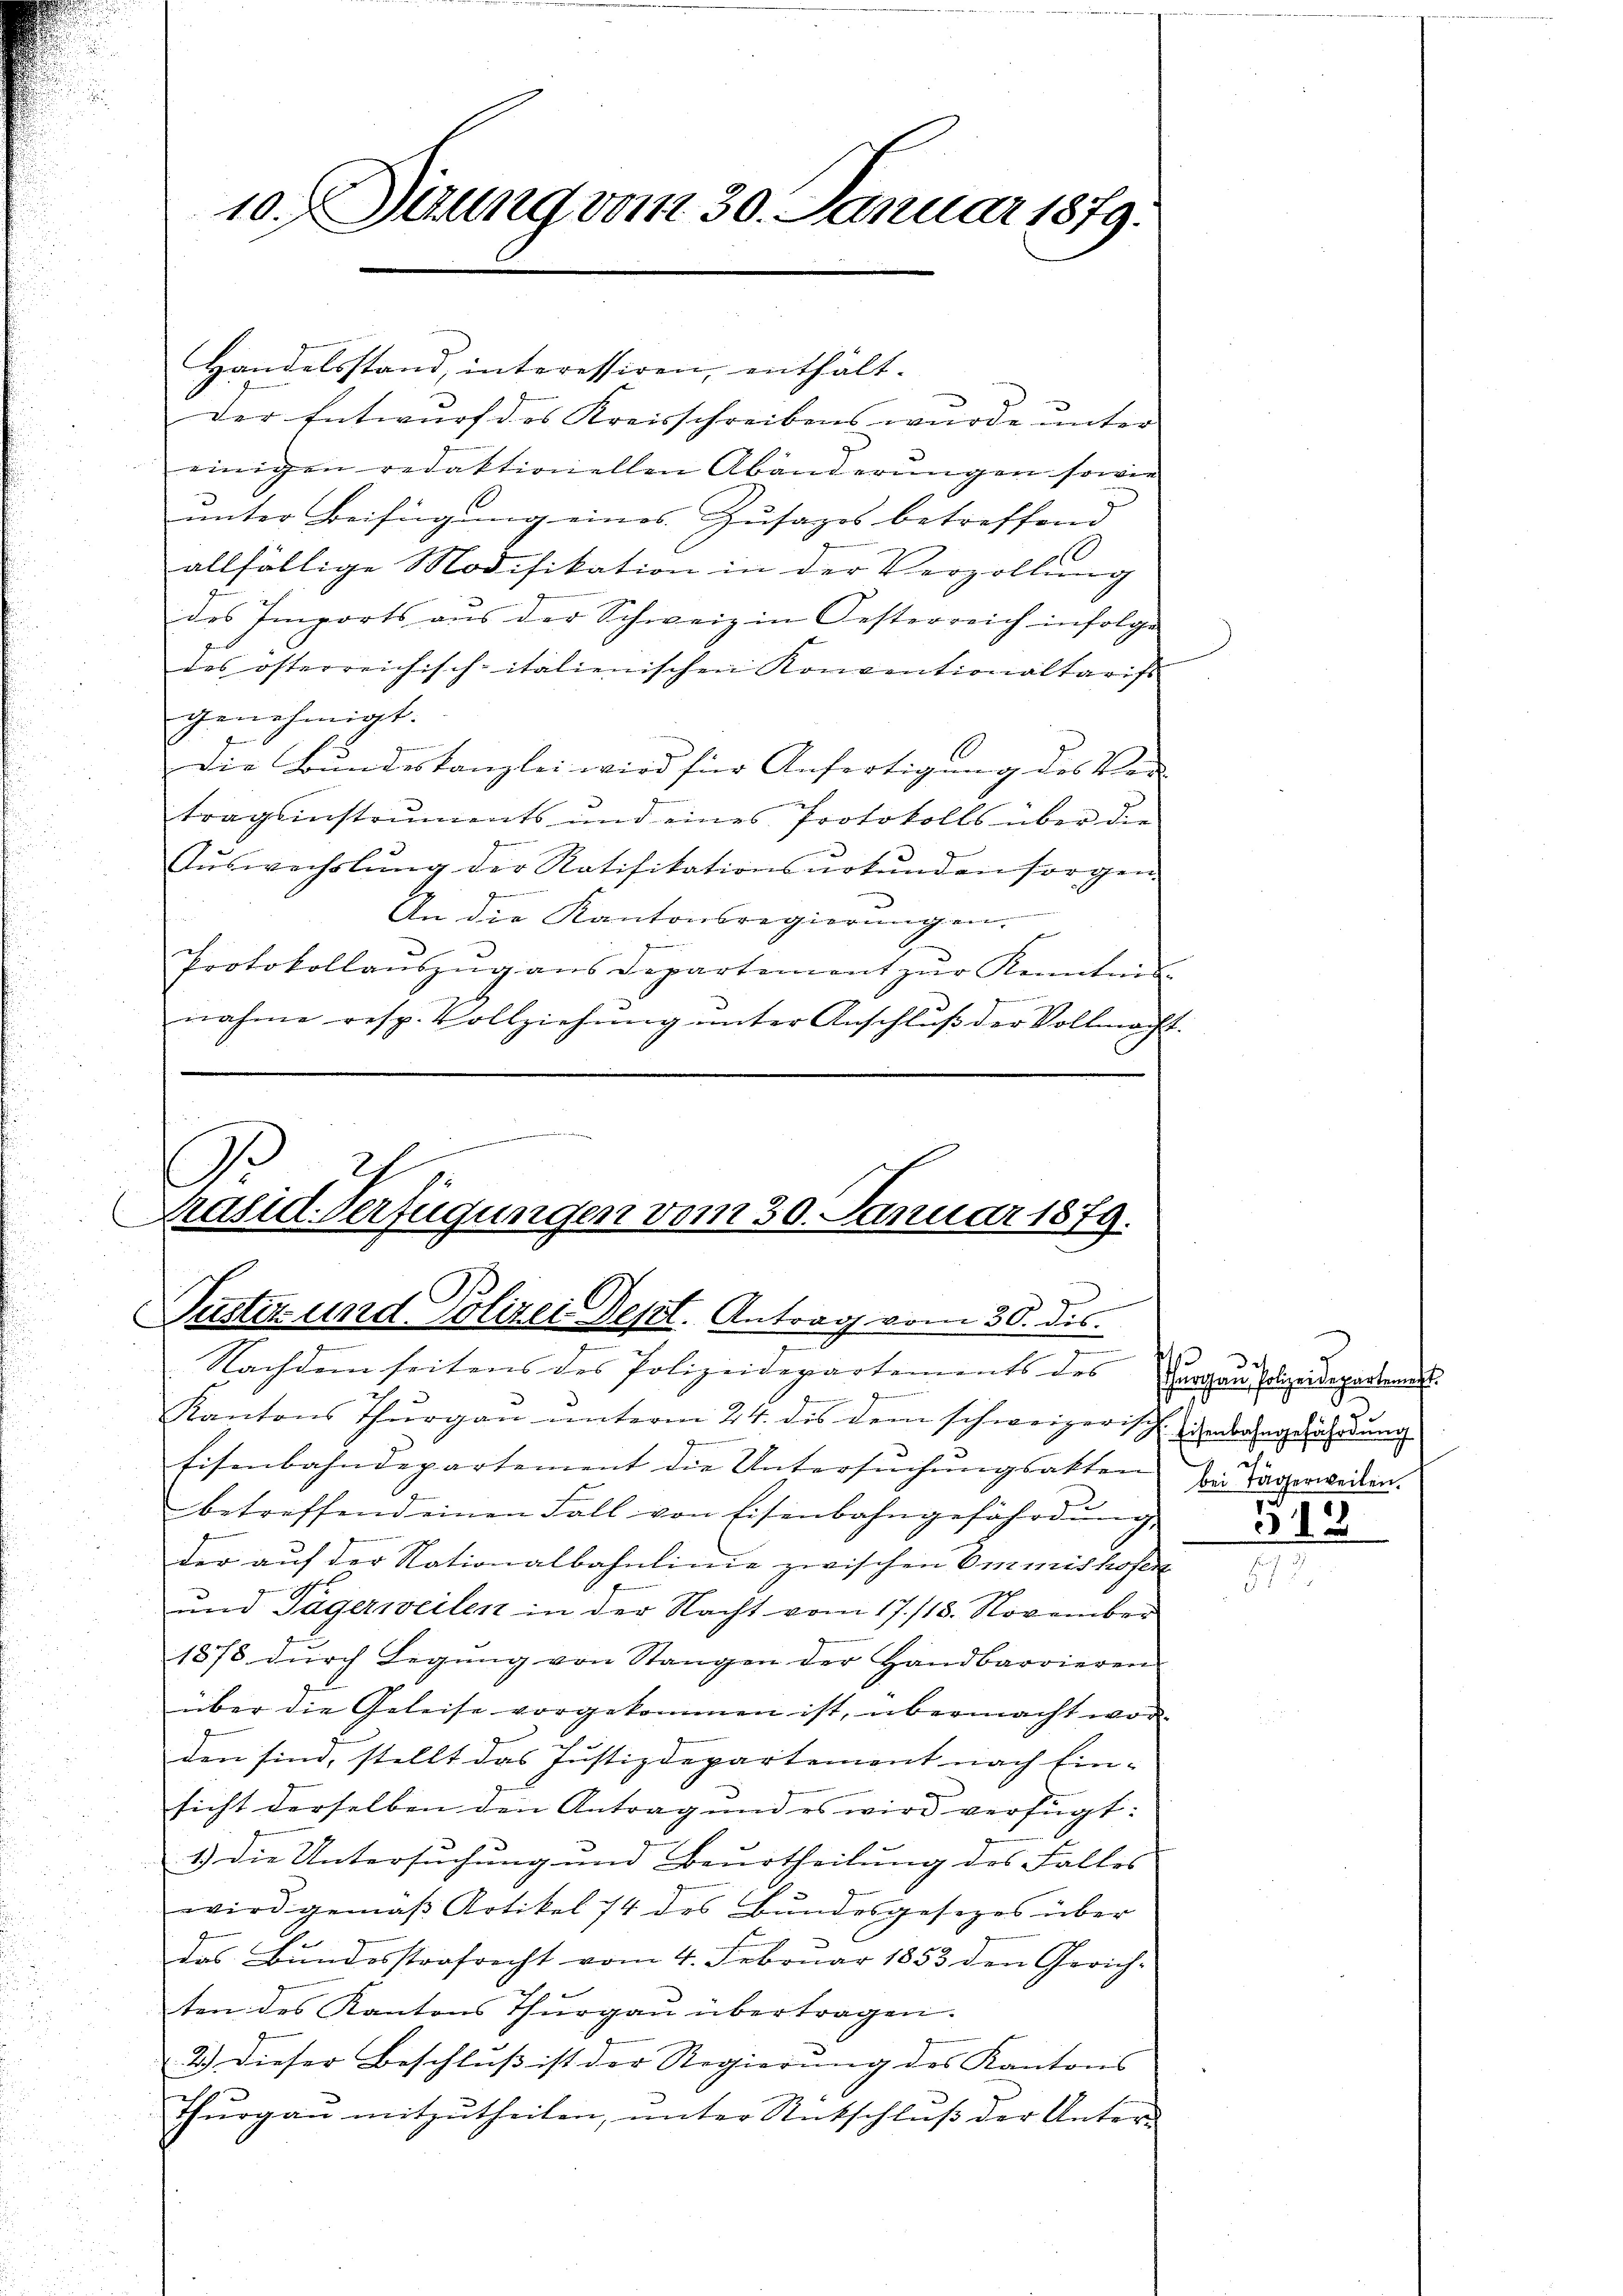
10. Seung vom 30. Januar 1879.

2.
.
Präsid. Verfügungen vom 30. Januar 1879.
Justiz und Polizei Dept. Antrag vom 30. ds.
Nachdem seitens des Polizeidepartements des

Handelsstand, interessiren, enthält-
Der Entwurf des Kreisschreibens wurde unter
einigen redaktionellen Abänderungen sowie
unter Beifügung eines Zusages betreffend
allfällige Modifikation in der Verzollung
des Imports aus der Schweiz in Oesterreich infolge
des österreichisch-italienischen Konventionaltaris
genehmigt.
Die Bŭndeskanzlei wird für Anfertigŭng des Ver-
tragsinstruments und eines Protokolls über die
Aŭswechslŭng der Ratifikationsŭrkŭnden sorgen
An die Kantonsregierungen.
Protokollaŭszŭg ans Departement zŭr Kenntni
2
nahme resp. Vollziehŭng ŭnter Anschlŭβ der Vollmacht.

Kantons Thurgau unterm 24. des dem schweizerisch
e
Eisenbahndepartement die Untersuchungsakten
betreffend einen Fall von Eisenbahngefährdung,
der auf der Nationalbahnlinie zwischen Emmishofen
und Tägerweilen in der Nacht vom 17./18. November
1878 dŭrch Legŭng von Stangen der Handbarrieren
über die Geleise vorgekommen ist, übermacht worden sind, stellt das Justizdepartement nach Ein-
sicht derselben den Antrag und es wird verfügt:
1) Die Untersuchung und Beurtheilung des Falles
wird gemäß Artikel 74 des Bundesgesezes über
das Bundesstrafrecht vom 4. Februar 1853 den Gerich-
ten des Kantons Thurgau übertragen.
2.) Dieser Beschluss ist der Regierung des Kantons
Thŭrgaŭ mitzŭtheilen, ŭnter Rückschlŭβ der Unter-

Thurgau, Polizeidepartemest
2
Eisenbahngefährdung

bei Tagerweilen.

318